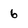
Character: 6